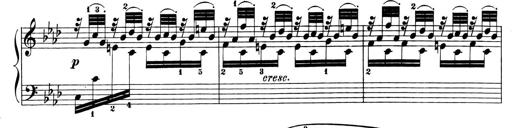
Title: 6 Piano Sonatinas
Composer: Cornelius Gurlitt